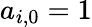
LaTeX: a_{i,0}=1